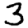
Digit: 3